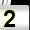
Digit: 2